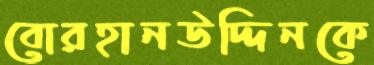
বোরহানউদ্দিনকে